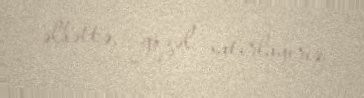
əlbəttə, gözəl xatırlayırıq.